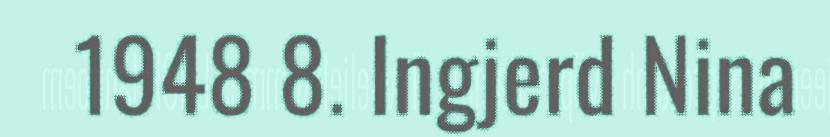
1948 8. Ingjerd Nina